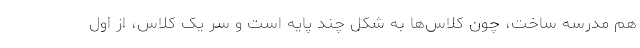
هم مدرسه ساخت، چون کلاس‌ها به شکل چند پایه است و سر یک کلاس، از اول